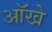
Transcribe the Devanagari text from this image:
आॅखे